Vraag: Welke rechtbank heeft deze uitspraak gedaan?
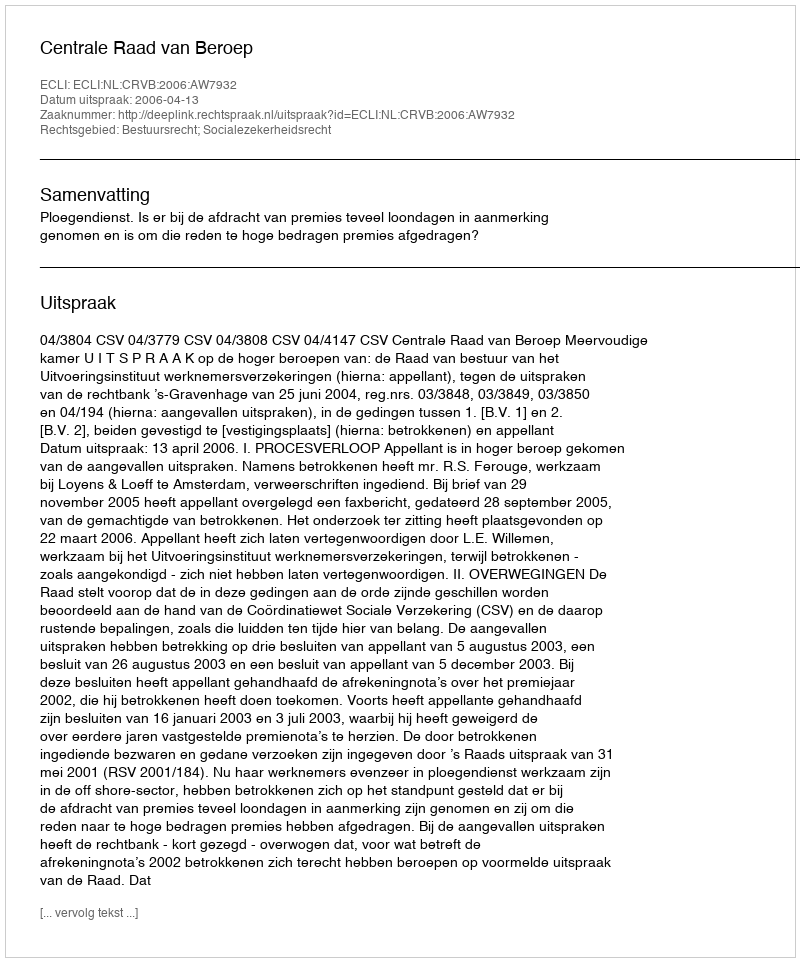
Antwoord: Centrale Raad van Beroep